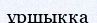
ұршыққа